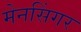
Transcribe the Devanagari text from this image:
मेनसिंगर